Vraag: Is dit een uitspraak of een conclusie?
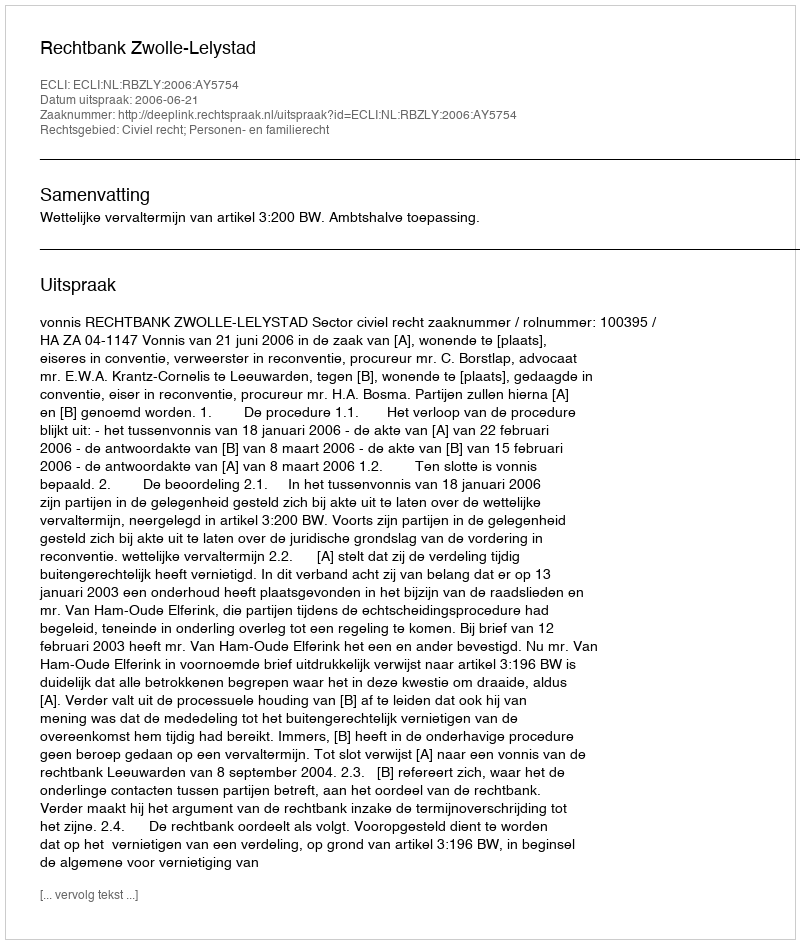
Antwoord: Uitspraak